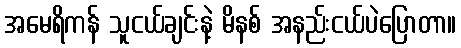
အမေရိကန် သူငယ်ချင်းနဲ့ မိနစ် အနည်းငယ်ပဲပြောတာ။